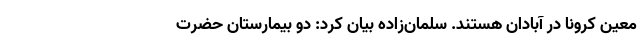
معین کرونا در آبادان هستند. سلمان‌زاده بیان کرد: دو بیمارستان حضرت